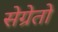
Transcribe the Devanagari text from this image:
सेग्रेतो